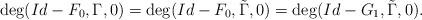
LaTeX: \begin{align*} \deg (Id-F_0, \Gamma, 0) = \deg(Id-F_0, \tilde \Gamma, 0)=\deg(Id-G_1, \tilde \Gamma, 0).\end{align*}